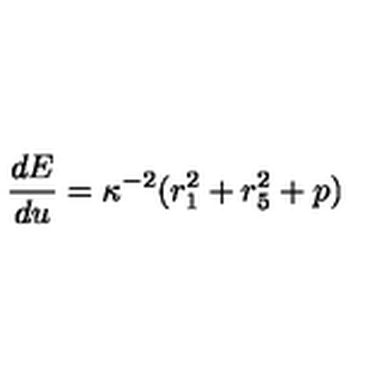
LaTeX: { \frac { d E } { d u } } = \kappa ^ { - 2 } ( r _ { 1 } ^ { 2 } + r _ { 5 } ^ { 2 } + p )